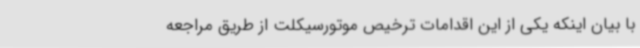
با بیان اینکه یکی از این اقدامات ترخیص موتورسیکلت از طریق مراجعه